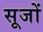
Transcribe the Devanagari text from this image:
सूजों